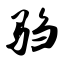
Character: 驺